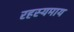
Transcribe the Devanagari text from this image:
रहस्यमाय